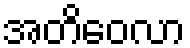
အတိဝေလာ